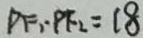
P F _ { 1 } \cdot P F _ { 2 } = 1 8